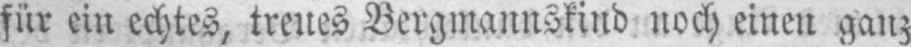
für ein echtes, treues Bergmannskind noch einen ganz